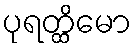
ပုရတ္ထိမော